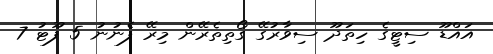
އައްޑޫ ސިޓީގެ ހިތަދޫ ސިވާރުގޭ ގޯތިތެރޭން މިރޭ ފެނުނު 5 ފޫޓު 7